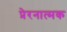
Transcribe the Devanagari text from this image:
प्रेरनात्मक